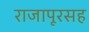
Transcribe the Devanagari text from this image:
राजापूरसह